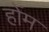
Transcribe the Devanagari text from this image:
होंम